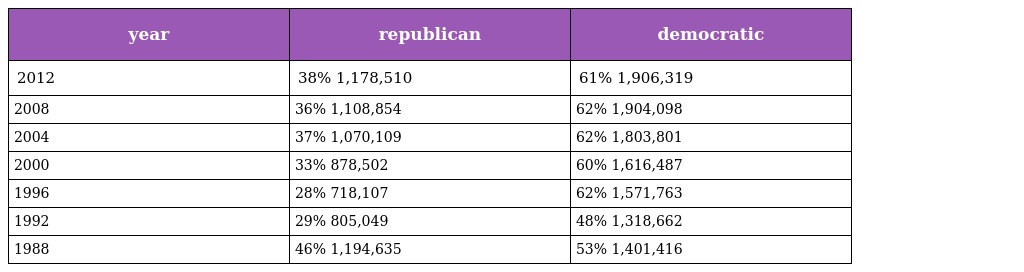
| year | republican | democratic |
 | --- | --- | --- |
 | 2012 | 38% 1,178,510 | 61% 1,906,319 |
 | 2008 | 36% 1,108,854 | 62% 1,904,098 |
 | 2004 | 37% 1,070,109 | 62% 1,803,801 |
 | 2000 | 33% 878,502 | 60% 1,616,487 |
 | 1996 | 28% 718,107 | 62% 1,571,763 |
 | 1992 | 29% 805,049 | 48% 1,318,662 |
 | 1988 | 46% 1,194,635 | 53% 1,401,416 |